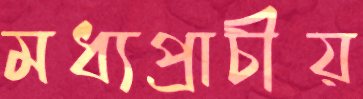
মধ্যপ্রাচীয়